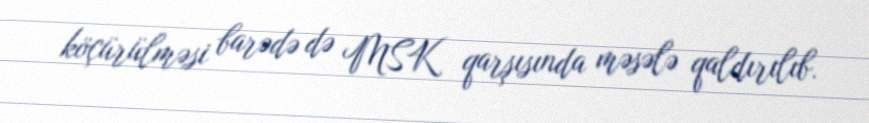
köçürülməsi barədə də MSK qarşısında məsələ qaldırılıb.